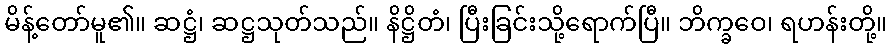
မိန့်တော်မူ၏။ ဆဋ္ဌံ၊ ဆဋ္ဌသုတ်သည်။ နိဋ္ဌိတံ၊ ပြီးခြင်းသို့ရောက်ပြီ။ ဘိက္ခဝေ၊ ရဟန်းတို့။